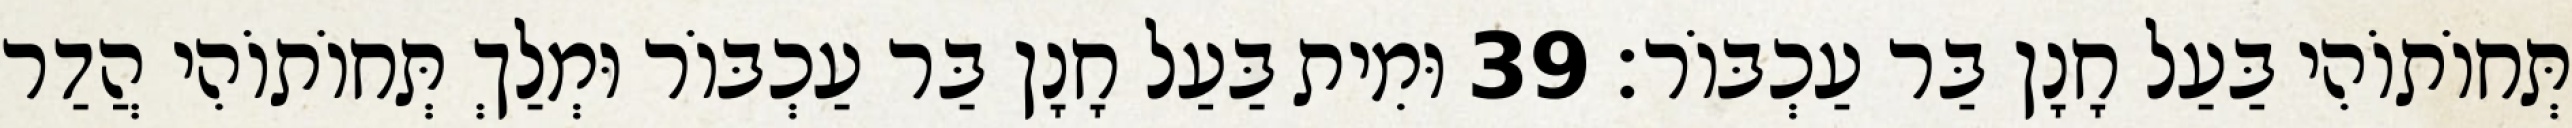
תְּחוֹתוֹהִי בַּעַל חָנָן בַּר עַכְבּוֹר׃ 39 וּמִית בַּעַל חָנָן בַּר עַכְבּוֹר וּמְלַךְ תְּחוֹתוֹהִי הֲדַר